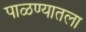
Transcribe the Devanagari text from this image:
पाळण्यातला